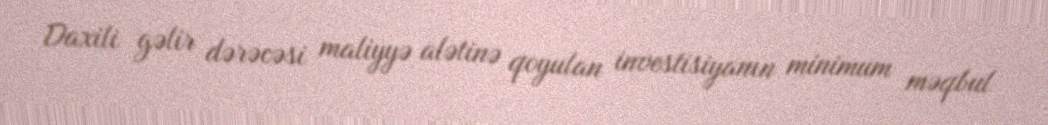
Daxili gəlir dərəcəsi maliyyə alətinə qoyulan investisiyanın minimum məqbul